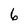
Character: 6